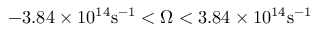
- 3 . 8 4 \times 1 0 ^ { 1 4 } \mathrm { s } ^ { - 1 } < \Omega < 3 . 8 4 \times 1 0 ^ { 1 4 } \mathrm { s } ^ { - 1 }